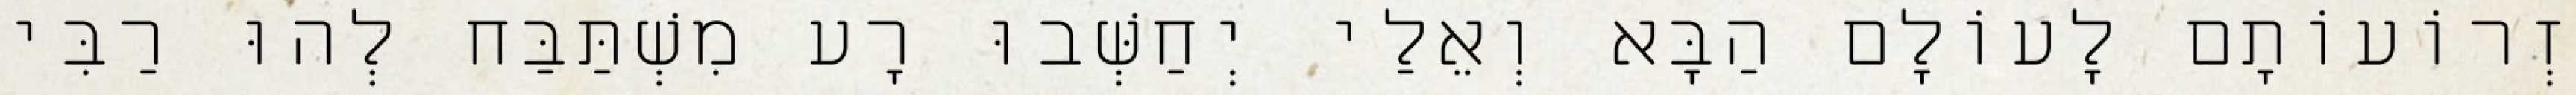
זְרוֹעוֹתָם לָעוֹלָם הַבָּא וְאֵלַי יְחַשְּׁבוּ רָע מִשְׁתַּבַּח לְהוּ רַבִּי